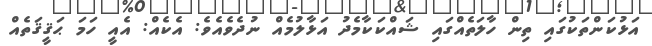
އަޅުކަންތަކުގައި ތިން ހާލަތެއްގައި ޝައްކަކާމެދު އަޅާލުމެއް ނުދެވެއެވެ: އެކެއް: އެއީ ހަމަ ޙަޤީޤަތެއް